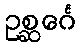
ဥစ္ဆင်္ဂေ